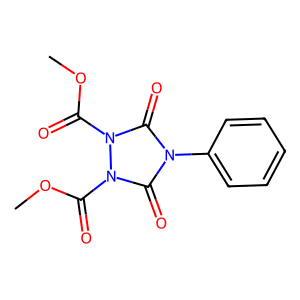
SMILES: COC(=O)n1c(=O)n(-c2ccccc2)c(=O)n1C(=O)OC
Inhibits HIV replication: No